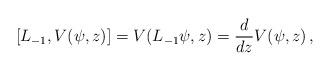
LaTeX: \begin{align*}[L_{-1},V(\psi,z)]=V(L_{-1}\psi,z)={d\over dz}V(\psi,z)\,,\end{align*}